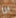
اذا